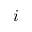
i